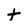
Character: t